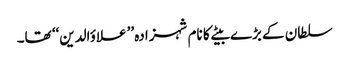
سلطان کے بڑے بیٹے کا نام شہزادہ ’’علاؤالدین‘‘ تھا۔